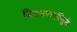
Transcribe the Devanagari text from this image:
चितमपल्लींमुळे